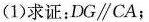
(1)求证：DG\parallel CA；